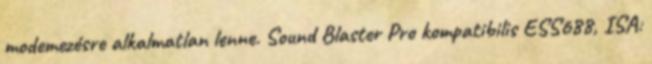
modemezésre alkalmatlan lenne. Sound Blaster Pro kompatibilis ESS688, ISA: